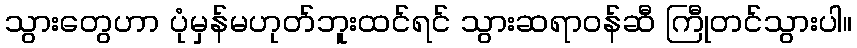
သွားတွေဟာ ပုံမှန်မဟုတ်ဘူးထင်ရင် သွားဆရာဝန်ဆီ ကြီုတင်သွားပါ။